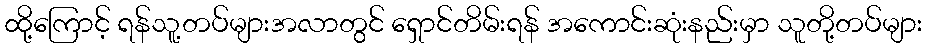
ထို့ကြောင့် ရန်သူ့တပ်များအလာတွင် ရှောင်တိမ်းရန် အကောင်းဆုံးနည်းမှာ သူတို့တပ်များ